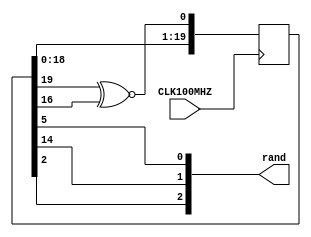
`timescale 1ns / 1ps
//////////////////////////////////////////////////////////////////////////////////
// Company: 
// Engineer: 
// 
// Design Name: 
// Module Name: lfsr
// Project Name: 
// Target Devices: 
// Tool Versions: 
// Description: 
// 
// Dependencies: 
// 
// Revision:
// Revision 0.01 - File Created
// Additional Comments:
// 
//////////////////////////////////////////////////////////////////////////////////


module lfsr(
    input CLK100MHZ,
    output [2:0] rand
    );
    //Creating a 20 register LSFR.
    //Will repeat itself after 2^20 - 1 cycles
    //Polynomial is x^20 + x^17 + 1, so have taps from 20 and 17
    //Initial seed is going to be the value of 0001 0100 1101 1110 0001 
    reg [19:0] chain = 20'b00010100110111100001 ;
    reg XNOR;
    
    
    always @(posedge CLK100MHZ)
    begin
        chain <= {chain[18:0], XNOR};
    end
    
    always @(*)
    begin
        XNOR <= chain[19] ^~ chain[16];
    end
    
    //Output the bits from various locations
    //Output from 3rd, 15th, and 6th register
    assign rand[2] = chain[2];
    assign rand[1] = chain[14];
    assign rand[0] = chain[5];
    
endmodule